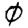
Digit: 0